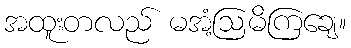
အထူးတလည် မအံ့ဩမိကြချေ။